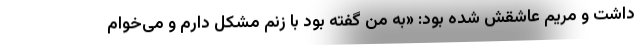
داشت و مریم عاشقش شده بود: «به من گفته بود با زنم مشکل دارم و می‌خوام